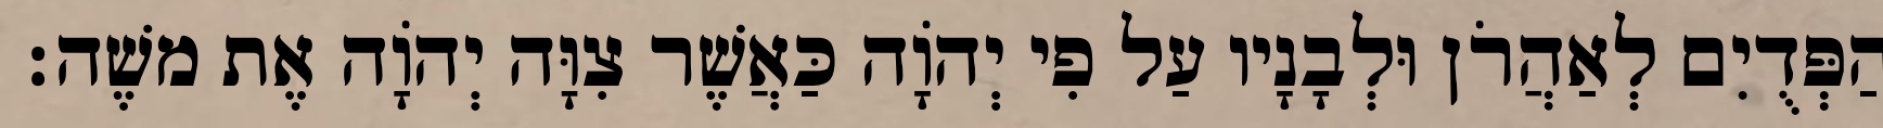
הַפְּדֻיִם לְאַהֲרֹן וּלְבָנָיו עַל פִי יְהוָֹה כַּאֲשֶׁר צִוָּה יְהוָֹה אֶת משֶׁה׃